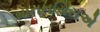
માનનચિરાએ